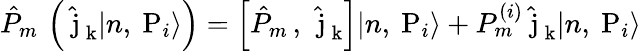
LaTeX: \hat{P}_{m}\, \left(\hat{\mathrm{\mathbf~j}}_{\mathrm{\mathbf~k}}|n,\mathrm{\mathbf~P}_{i}\rangle\right)=\left[\hat{P}_{m}\, ,\, \hat{\mathrm{\mathbf~j}}_{\mathrm{\mathbf~k}}\right]|n,\mathrm{\mathbf~P}_{i}\rangle+P_{m}^{(i)}\hat{\mathrm{\mathbf~j}}_{\mathrm{\mathbf~k}}|n,\mathrm{\mathbf~P}_{i}\rangle